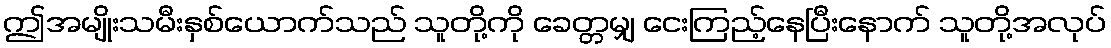
ဤအမျိုးသမီးနှစ်ယောက်သည် သူတို့ကို ခေတ္တမျှ ငေးကြည့်နေပြီးနောက် သူတို့အလုပ်